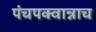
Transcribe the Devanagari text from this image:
पंचपक्वान्नाच